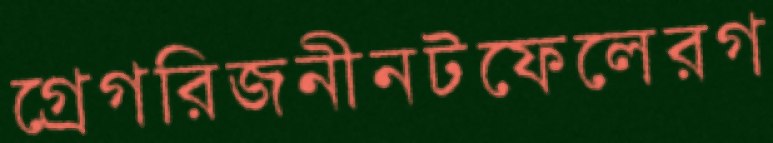
গ্রেগরিজনীনটফেলেরগ